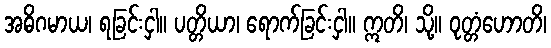
အဓိဂမာယ၊ ရခြင်းငှါ။ ပတ္တိယာ၊ ရောက်ခြင်းငှါ။ ဣတိ၊ သို့။ ဝုတ္တံဟောတိ၊